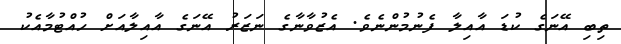
ތިބި އޭނަގެ ކުޑަ އާއިލާ ފެނުމުންނެވެ. އެޒުވާނާގެ ނަޒަރު އޭނަގެ އާއިލާއަށް ހުއްޓުމާއެކު